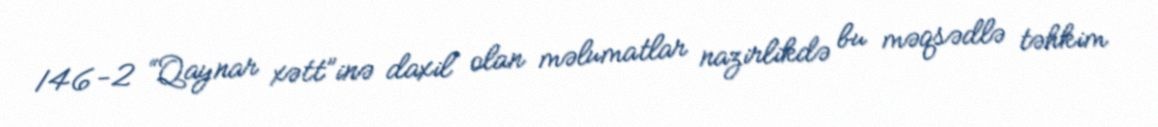
146-2 “Qaynar xətt”inə daxil olan məlumatlar nazirlikdə bu məqsədlə təhkim